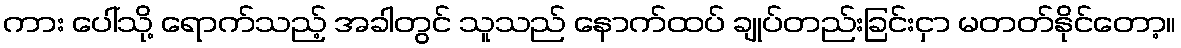
ကား ပေါ်သို့ ရောက်သည့် အခါတွင် သူသည် နောက်ထပ် ချုပ်တည်းခြင်းငှာ မတတ်နိုင်တော့။